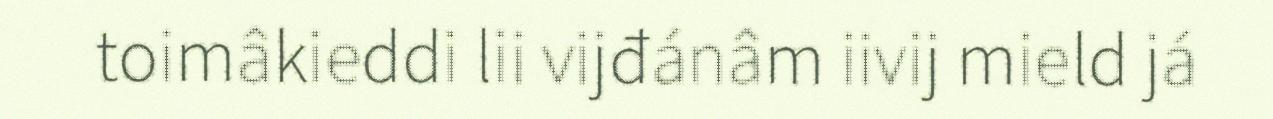
toimâkieddi lii vijđánâm iivij mield já